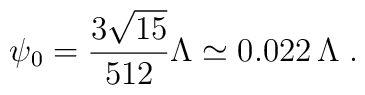
\psi_0 = \frac{3 \sqrt{15}}{512} \Lambda \simeq 0.022 \, \Lambda \; .